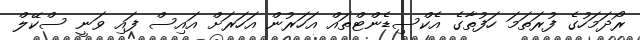
ރޯދަމަހުގެ ފުރަތަމަ ހަފުތާގެ އެކްސިޑެންޓްތައް އަހަރުން އަހަރަށް އައިސް ފައި ވަނީ ސްކޭލް